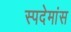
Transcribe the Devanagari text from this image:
स्पदेमांस